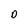
Character: D